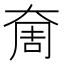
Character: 奝